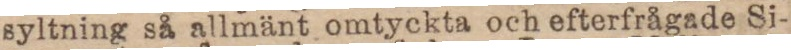
syltning så allmänt omtyckta och efterfrågade Si-